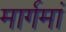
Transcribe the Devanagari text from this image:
मार्गमां